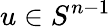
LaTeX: u\in S^{n-1}